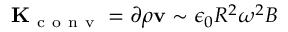
\mathbf { K } _ { \mathrm { ~ c ~ o ~ n ~ v ~ } } = \partial \rho \mathbf { v } \sim \epsilon _ { 0 } R ^ { 2 } \omega ^ { 2 } B